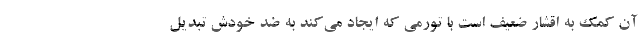
آن کمک به اقشار ضعیف است با تورمی که ایجاد می‌کند به ضد خودش تبدیل